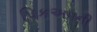
પિકઅપની